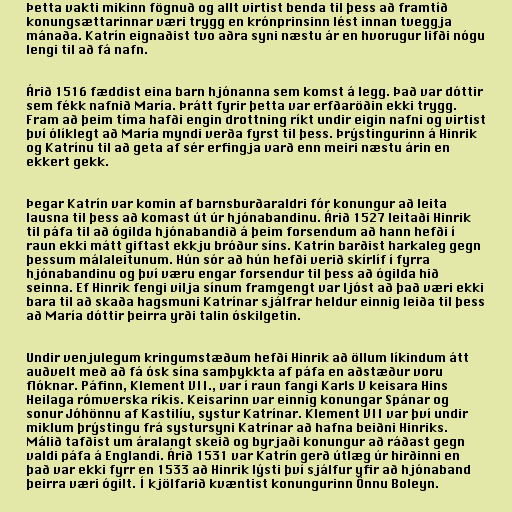
Þetta vakti mikinn fögnuð og allt virtist benda til þess að framtíð
konungsættarinnar væri trygg en krónprinsinn lést innan tveggja
mánaða. Katrín eignaðist tvo aðra syni næstu ár en hvorugur lifði nógu
lengi til að fá nafn.

Árið 1516 fæddist eina barn hjónanna sem komst á legg. Það var dóttir
sem fékk nafnið María. Þrátt fyrir þetta var erfðaröðin ekki trygg.
Fram að þeim tíma hafði engin drottning ríkt undir eigin nafni og virtist
því ólíklegt að María myndi verða fyrst til þess. Þrýstingurinn á Hinrik
og Katrínu til að geta af sér erfingja varð enn meiri næstu árin en
ekkert gekk.

Þegar Katrín var komin af barnsburðaraldri fór konungur að leita
lausna til þess að komast út úr hjónabandinu. Árið 1527 leitaði Hinrik
til páfa til að ógilda hjónabandið á þeim forsendum að hann hefði í
raun ekki mátt giftast ekkju bróður síns. Katrín barðist harkaleg gegn
þessum málaleitunum. Hún sór að hún hefði verið skírlíf í fyrra
hjónabandinu og því væru engar forsendur til þess að ógilda hið
seinna. Ef Hinrik fengi vilja sínum framgengt var ljóst að það væri ekki
bara til að skaða hagsmuni Katrínar sjálfrar heldur einnig leiða til þess
að María dóttir þeirra yrði talin óskilgetin.

Undir venjulegum kringumstæðum hefði Hinrik að öllum líkindum átt
auðvelt með að fá ósk sína samþykkta af páfa en aðstæður voru
flóknar. Páfinn, Klement VII., var í raun fangi Karls V keisara Hins
Heilaga rómverska ríkis. Keisarinn var einnig konungar Spánar og
sonur Jóhönnu af Kastilíu, systur Katrínar. Klement VII var því undir
miklum þrýstingu frá systursyni Katrínar að hafna beiðni Hinriks.
Málið tafðist um áralangt skeið og byrjaði konungur að ráðast gegn
valdi páfa á Englandi. Árið 1531 var Katrín gerð útlæg úr hirðinni en
það var ekki fyrr en 1533 að Hinrik lýsti því sjálfur yfir að hjónaband
þeirra væri ógilt. Í kjölfarið kvæntist konungurinn Önnu Boleyn.